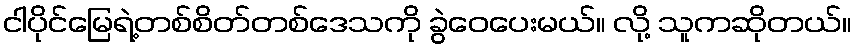
ငါပိုင်မြေရဲ့တစ်စိတ်တစ်ဒေသကို ခွဲဝေပေးမယ်။ လို့ သူကဆိုတယ်။